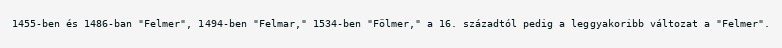
1455-ben és 1486-ban "Felmer", 1494-ben "Felmar," 1534-ben "Fölmer," a 16. századtól pedig a leggyakoribb változat a "Felmer".